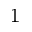
_ 1